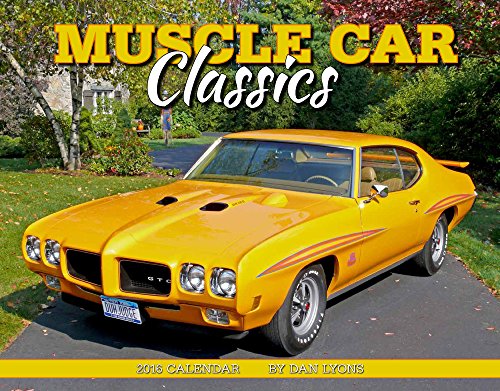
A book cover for Muscle Car Classics 2016 Calendar 11x14; Dan Lyons; Calendars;